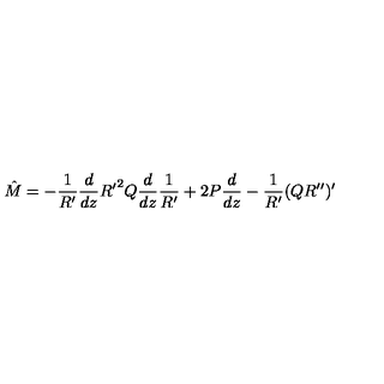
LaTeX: { \hat { M } } = - \frac { 1 } { R ^ { \prime } } \frac { d } { d z } { R ^ { \prime } } ^ { 2 } Q \frac { d } { d z } \frac { 1 } { R ^ { \prime } } + 2 P \frac { d } { d z } - \frac { 1 } { R ^ { \prime } } ( Q R ^ { \prime \prime } ) ^ { \prime }